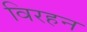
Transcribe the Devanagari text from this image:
विरहन